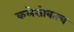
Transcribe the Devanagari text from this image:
कलेसोबतच